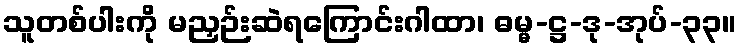
သူတစ်ပါးကို မညှဉ်းဆဲရကြောင်းဂါထာ၊ ဓမ္မ-ဋ္ဌ-ဒု-အုပ်-၃၃။